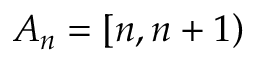
A _ { n } = \left[ n , n + 1 \right)